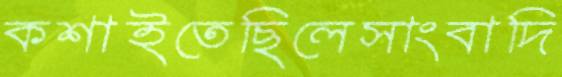
কশাইতেছিলেসাংবাদি